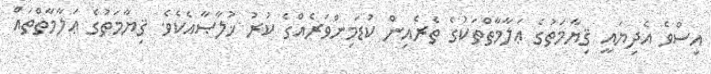
އިސްވެ އެދިޔައީ ޤިޔާމަތުގެ ޢަލާމާތްތަކުގެ ތެރެއިން ކުޑަމިންވަރެއްގެ ކުރު ޚުލާޞާއެކެވެ. ޤިޔާމަތުގެ ޢަލާމާތްތައް